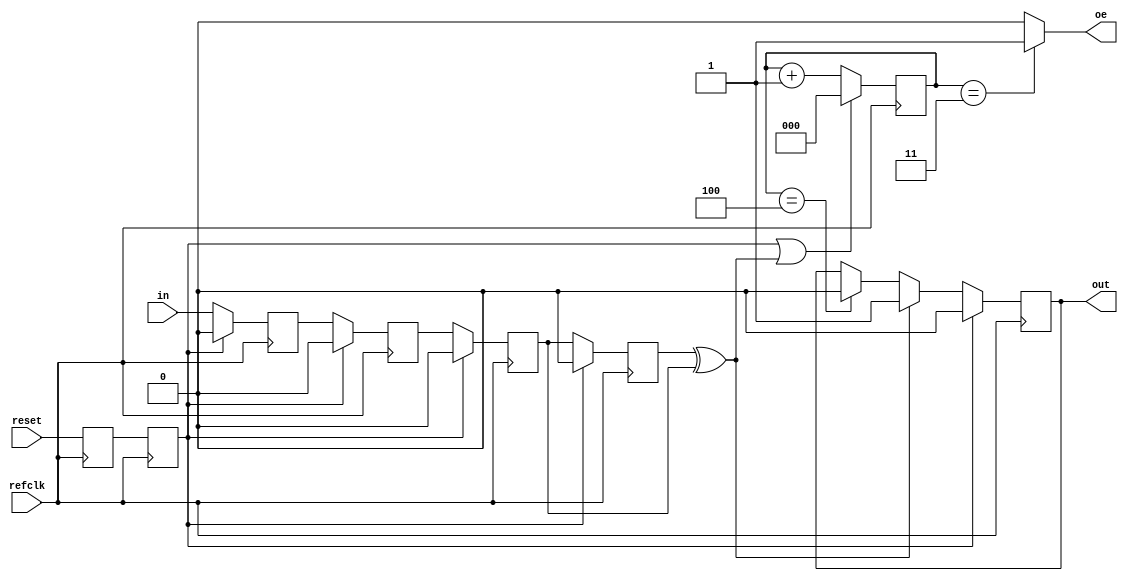
// Copyright (c) 2008 Ben Dyer
// 
// Permission is hereby granted, free of charge, to any person obtaining a copy
// of this software and associated documentation files (the "Software"), to deal
// in the Software without restriction, including without limitation the rights
// to use, copy, modify, merge, publish, distribute, sublicense, and/or sell
// copies of the Software, and to permit persons to whom the Software is
// furnished to do so, subject to the following conditions:
// 
// The above copyright notice and this permission notice shall be included in
// all copies or substantial portions of the Software.
// 
// THE SOFTWARE IS PROVIDED "AS IS", WITHOUT WARRANTY OF ANY KIND, EXPRESS OR
// IMPLIED, INCLUDING BUT NOT LIMITED TO THE WARRANTIES OF MERCHANTABILITY,
// FITNESS FOR A PARTICULAR PURPOSE AND NONINFRINGEMENT. IN NO EVENT SHALL THE
// AUTHORS OR COPYRIGHT HOLDERS BE LIABLE FOR ANY CLAIM, DAMAGES OR OTHER
// LIABILITY, WHETHER IN AN ACTION OF CONTRACT, TORT OR OTHERWISE, ARISING FROM,
// OUT OF OR IN CONNECTION WITH THE SOFTWARE OR THE USE OR OTHER DEALINGS IN
// THE SOFTWARE.

// Decodes an NRZI bitstream (http://en.wikipedia.org/wiki/Non-return-to-zero), oversampling at
// the rate of refclk. Generates data output and recovered clock, with up to 10ns jitter for a 98MHz
// reference clock (8x).

module nrzi_decoder
(
	refclk,
	reset,
	in,
	
	oe,
	out
);

	// IOs
	input			refclk, in, reset;
	output			oe, out;
	
	// IO regs
	reg				out;
	
	// Internal regs
	reg [2:0]		accum;
	
	// Reset sync logic
	reg				reset_d, reset_dd;
	always @(posedge refclk) reset_d <= reset;
	always @(posedge refclk) reset_dd <= reset_d;
	
	// Detect edges -- current input XOR previous input = 1; use a 3-stage synchronizer
	// D-FF to reduce chance of metastability
	reg				in_d, in_dd, in_ddd, in_dddd;
	always @(posedge refclk) begin
		if (reset_dd) begin
			in_d <= 1'b0;
			in_dd <= 1'b0;
			in_ddd <= 1'b0;
			in_dddd <= 1'b0;
		end else begin
			in_d <= in;
			in_dd <= in_d;
			in_ddd <= in_dd;
			in_dddd <= in_ddd;
		end
	end
	
	wire			transition;
	assign transition = in_dddd ^ in_ddd;
	
	// Output enable -- set on bit 4 of the cycle, to keep the design synchronous with refclk

	// Reset the accumulator every 8 cycles, or on an input transition. If it was an input transition,
	// the NRZI-decoded value of this cycle is 1 -- otherwise, it's 0. Data is latched by downstream
	// units on the positive edge of accum[2].
	always @(posedge refclk) begin
		if (reset_dd || transition)
			accum <= 3'b0;
		else
			accum <= accum + 1'b1;
	end
	
	always @(posedge refclk) begin
		if (reset_dd)
			out <= 1'b0;
		else if (transition)
			out <= 1'b1;
		else if (accum == 3'b100)
			out <= 1'b0;
	end
	
	assign oe = (accum == 3'b011 ? 1'b1 : 1'b0);
	
endmodule